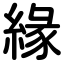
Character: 緣